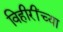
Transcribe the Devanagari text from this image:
विहीरींच्या